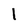
Character: 1